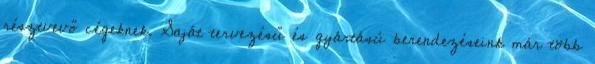
résztvevő cégeknek. Saját tervezésű és gyártású berendezéseink már több